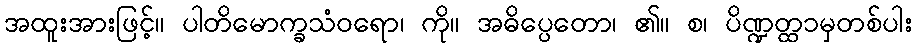
အထူးအားဖြင့်။ ပါတိမောက္ခသံဝရော၊ ကို။ အဓိပ္ပေတော၊ ၏။ စ၊ ပိဏ္ဍတ္ထ၁မှတစ်ပါး